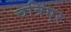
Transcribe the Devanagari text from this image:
चत्रिएर